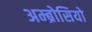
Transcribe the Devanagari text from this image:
अम्ब्रोसियो